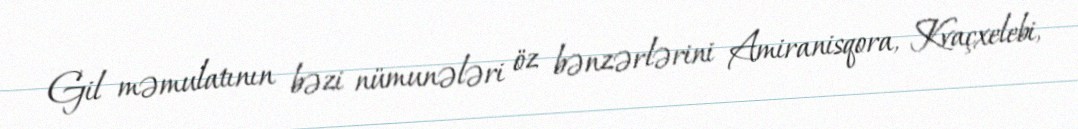
Gil məmulatının bəzi nümunələri öz bənzərlərini Amiranisqora, Kvaçxelebi,